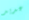
عديد